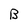
Character: B